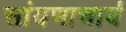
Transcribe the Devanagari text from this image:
सांयणाचार्य